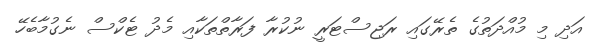
އަދި މި މުއްދަތުގެ ތެރޭގައި ރަޖިސްޓަރީ ނުކުރާ ފަރާތްތަކާއި މެދު ޓެކްސް ނެގުމާބެހޭ